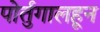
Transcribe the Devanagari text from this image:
पोर्तुगालहून